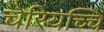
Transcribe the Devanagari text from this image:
चेरियच्चि